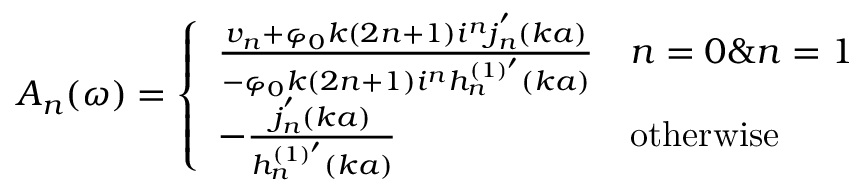
A _ { n } ( \omega ) = \left\{ \begin{array} { l l } { \frac { v _ { n } + \varphi _ { 0 } k ( 2 n + 1 ) i ^ { n } j _ { n } ^ { ' } ( k a ) } { - \varphi _ { 0 } k ( 2 n + 1 ) i ^ { n } h _ { n } ^ { ( 1 ) ^ { \prime } } ( k a ) } } & { n = 0 \& n = 1 } \\ { - \frac { j _ { n } ^ { ' } ( k a ) } { h _ { n } ^ { ( 1 ) ^ { \prime } } ( k a ) } } & { \mathrm { o t h e r w i s e } } \end{array} \right.